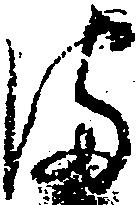
ま